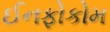
ઈનફોકોમ